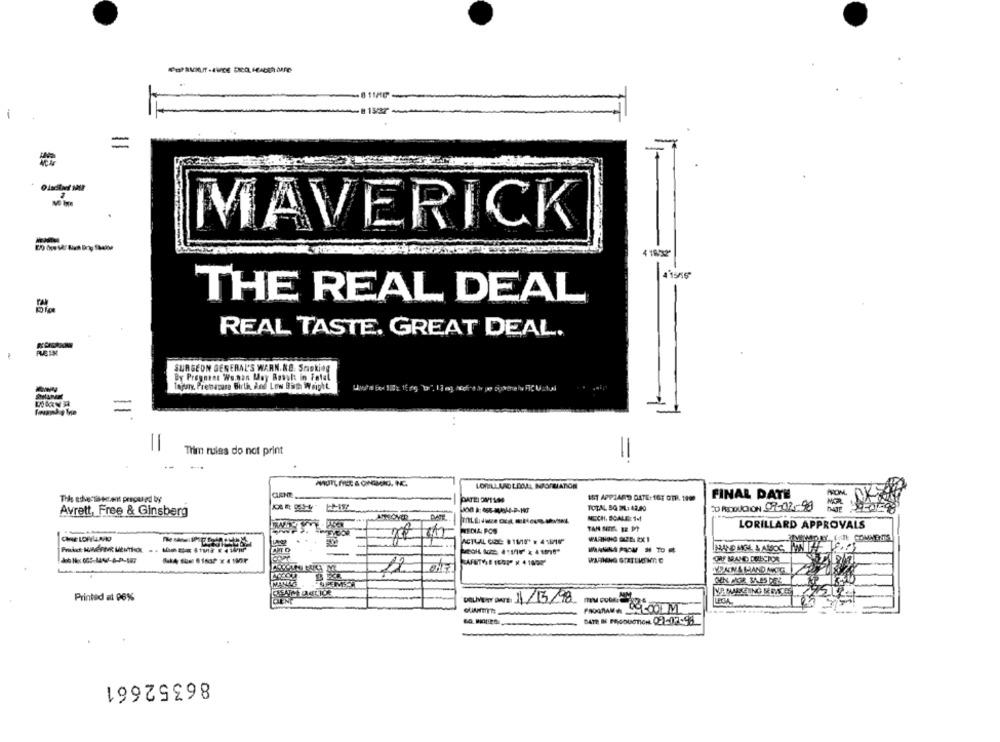
=
MAVERICK
-
4 1832
THE REAL DEAL
REAL TASTE. GREAT DEAL.
SURGEON GENERAL'S WARN.KB. Smoking
By Prognest Wo.non May Result in Fatal
Tagary, Premature Birth, And Low Birth Weight
Und a box 100: 15 mg D". 13 mg Aceitar pe jtemely FIC Matuli
=
. .
Thim rules do not print
LORILLARD LOOAL INFORMATION
DATEI OM/1100
MIT APPLAUD DATE: 167 077. 1000
FINAL DATE
Avrett, Free & Ginsberg
TOTAL 50 ML: 42,20
20 RODUCION CH-02-99
PAT
NESCH, SCALE: 1-1
LORILLARD APPROVALS
MEDIA POS
WARNING QUE 2X 1
ORF MAND PRECIOR
YO ANA HAND ANOG
Printed at 96%
DELIVERY DATE: 11/15/98
LECHA-
PROGRAM
DATE IN PRODUCTION 0-02-93
86352661